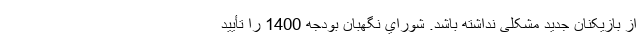
از بازیکنان جدید مشکلی نداشته باشد. شوراي نگهبان بودجه 1400 را تأييد